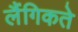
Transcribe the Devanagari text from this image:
लैंगिकते